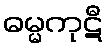
ဓမ္မကုဋီ